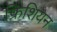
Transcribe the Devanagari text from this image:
फ्रिशियन